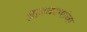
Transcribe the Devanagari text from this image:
बुद्धचरणांना